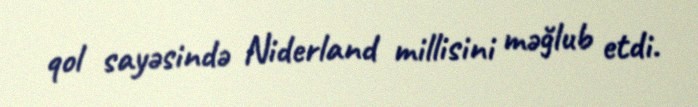
qol sayəsində Niderland millisini məğlub etdi.